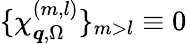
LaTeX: \{ \chi_{\boldsymbol{q},\Omega}^{(m,l)}\} _{m>l}\equiv 0